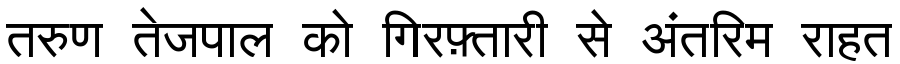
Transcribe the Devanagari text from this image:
तरुण तेजपाल को गिरफ़्तारी से अंतरिम राहत